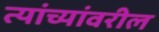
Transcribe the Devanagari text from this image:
त्यांच्यांवरील